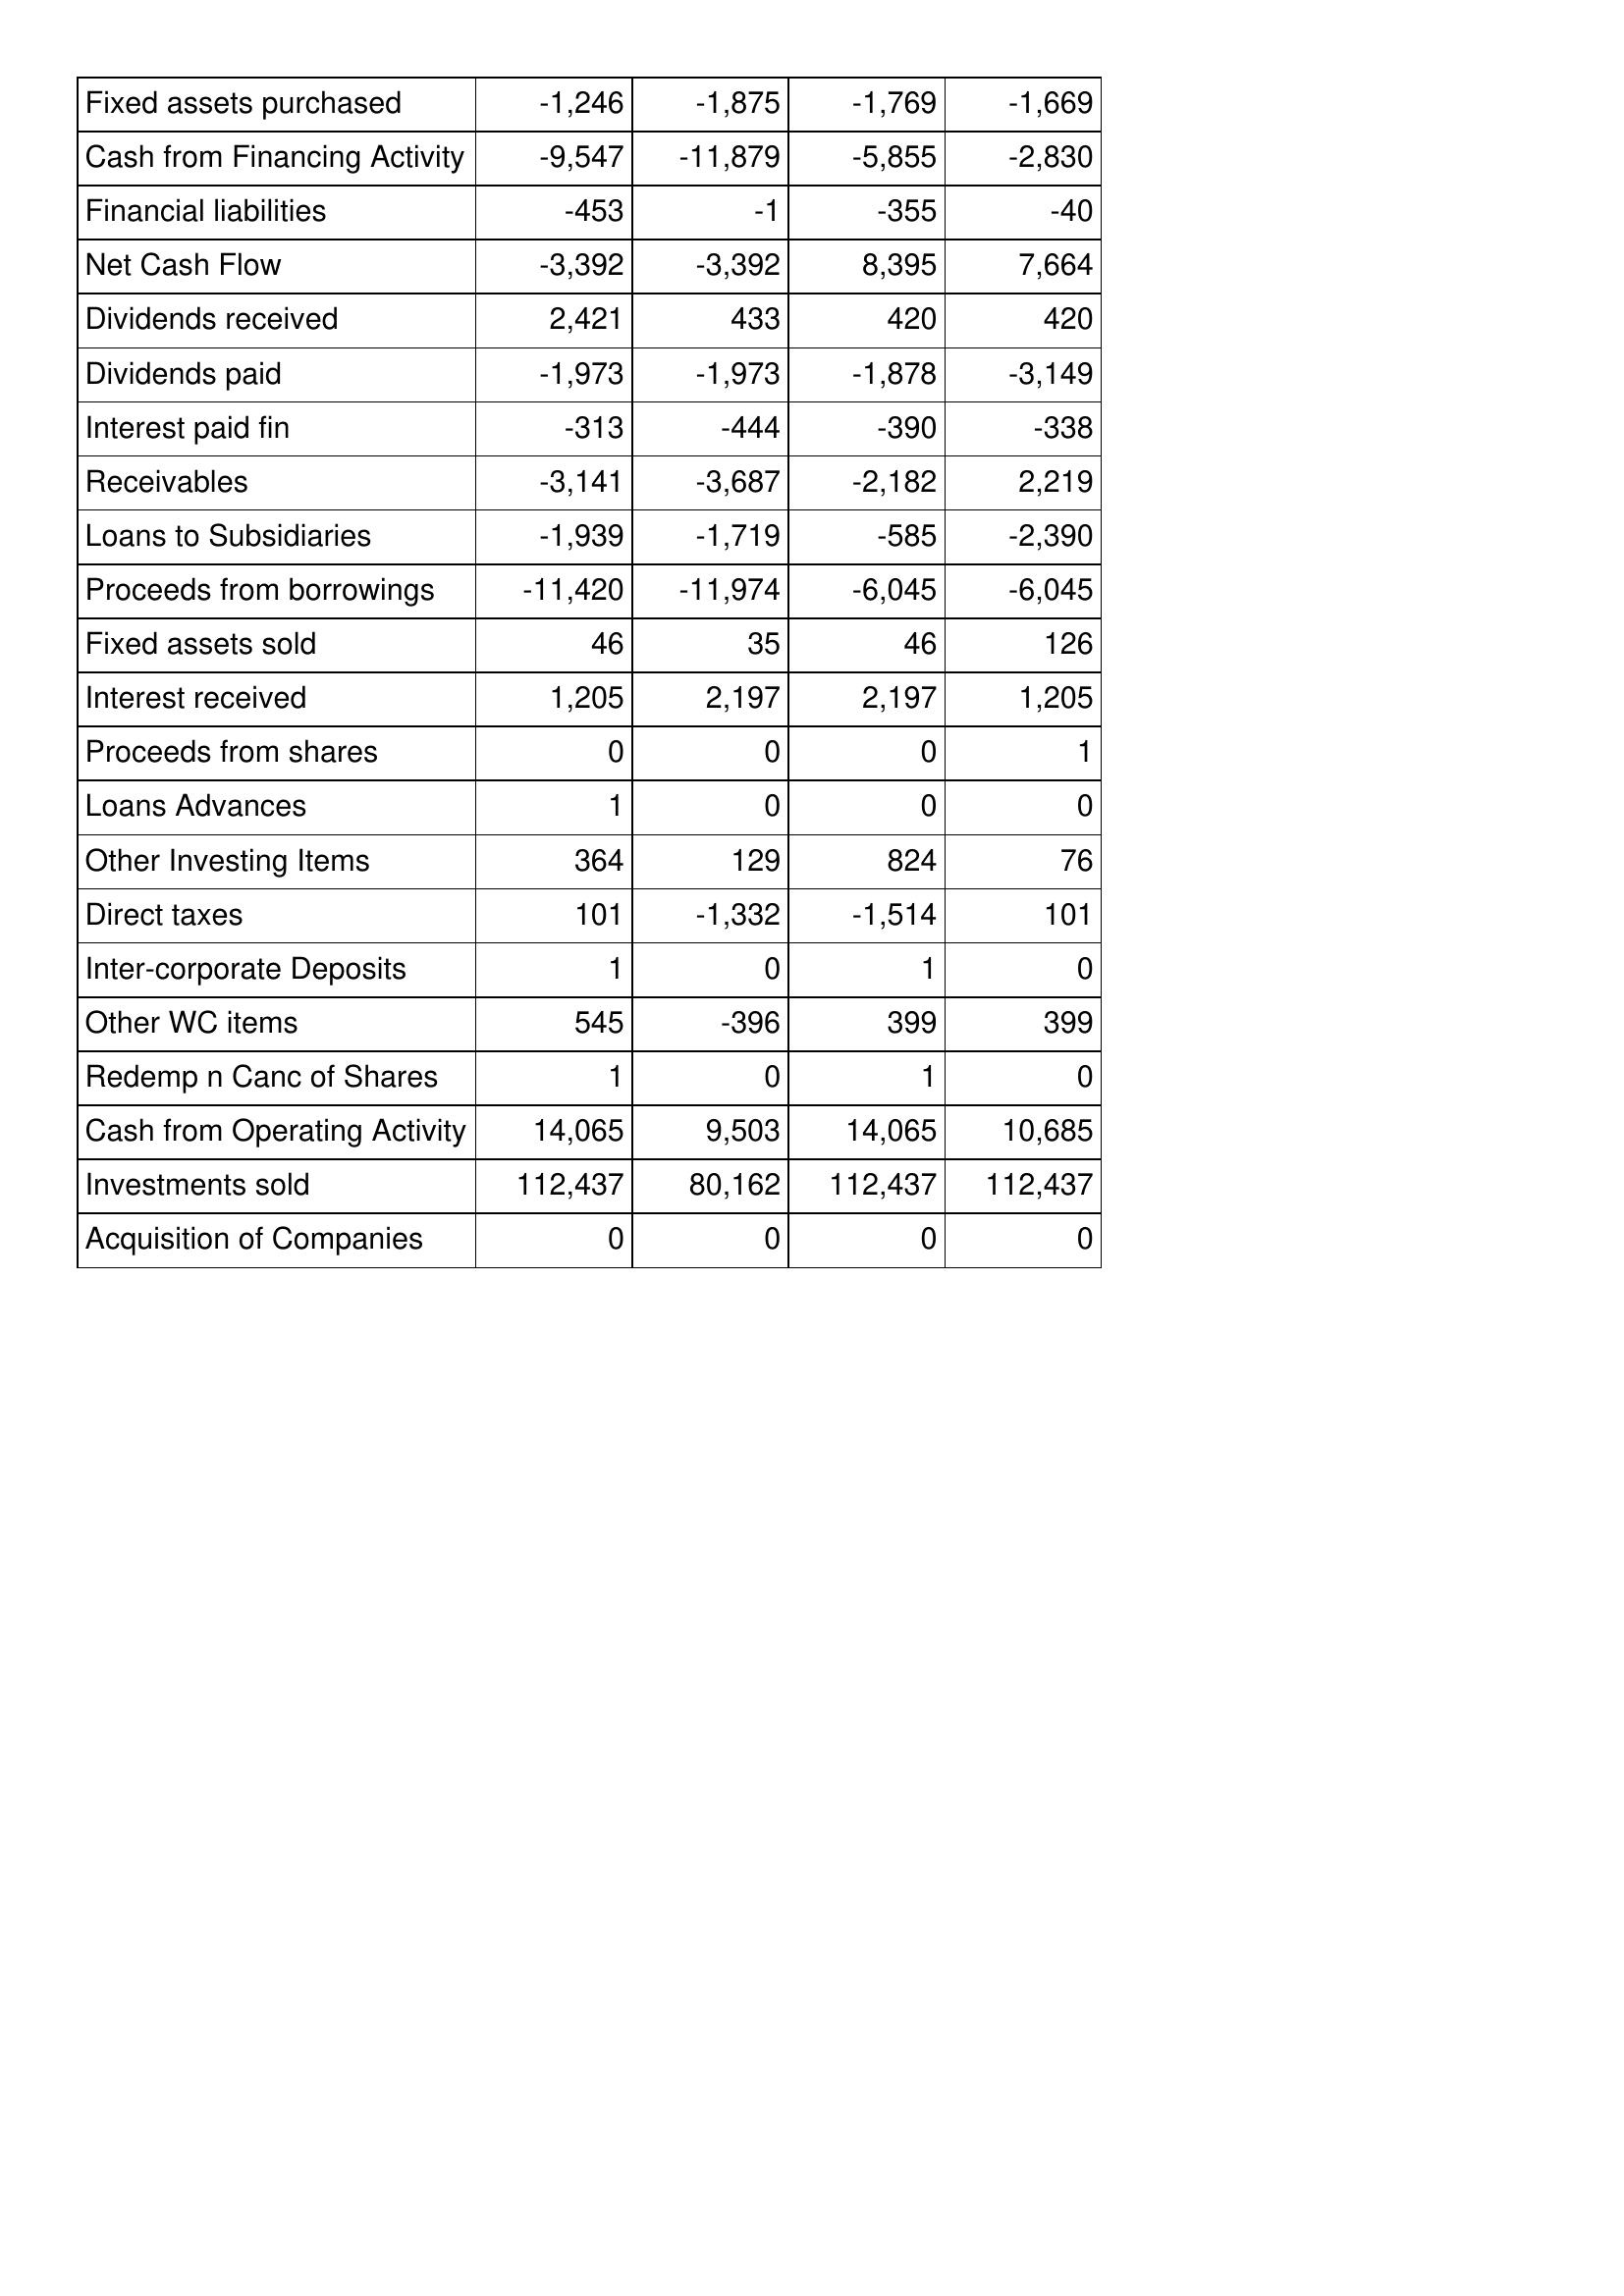
Mar-15: Cash Flows: Fixed assets purchased: -1,246
Cash from Financing Activity: -9,547
Financial liabilities: -453
Net Cash Flow: -3,392
Dividends received: 2,421
Dividends paid: -1,973
Interest paid fin: -313
Receivables: -3,141
Loans to Subsidiaries: -1,939
Proceeds from borrowings: -11,420
Fixed assets sold: 46
Interest received: 1,205
Proceeds from shares: 0
Loans Advances: 1
Other Investing Items: 364
Direct taxes: 101
Inter-corporate Deposits: 1
Other WC items: 545
Redemp n Canc of Shares: 1
Cash from Operating Activity: 14,065
Investments sold: 112,437
Acquisition of Companies: 0
Mar-16: Cash Flows: Fixed assets purchased: -1,875
Cash from Financing Activity: -11,879
Financial liabilities: -1
Net Cash Flow: -3,392
Dividends received: 433
Dividends paid: -1,973
Interest paid fin: -444
Receivables: -3,687
Loans to Subsidiaries: -1,719
Proceeds from borrowings: -11,974
Fixed assets sold: 35
Interest received: 2,197
Proceeds from shares: 0
Loans Advances: 0
Other Investing Items: 129
Direct taxes: -1,332
Inter-corporate Deposits: 0
Other WC items: -396
Redemp n Canc of Shares: 0
Cash from Operating Activity: 9,503
Investments sold: 80,162
Acquisition of Companies: 0
Mar-17: Cash Flows: Fixed assets purchased: -1,769
Cash from Financing Activity: -5,855
Financial liabilities: -355
Net Cash Flow: 8,395
Dividends received: 420
Dividends paid: -1,878
Interest paid fin: -390
Receivables: -2,182
Loans to Subsidiaries: -585
Proceeds from borrowings: -6,045
Fixed assets sold: 46
Interest received: 2,197
Proceeds from shares: 0
Loans Advances: 0
Other Investing Items: 824
Direct taxes: -1,514
Inter-corporate Deposits: 1
Other WC items: 399
Redemp n Canc of Shares: 1
Cash from Operating Activity: 14,065
Investments sold: 112,437
Acquisition of Companies: 0
Mar-18: Cash Flows: Fixed assets purchased: -1,669
Cash from Financing Activity: -2,830
Financial liabilities: -40
Net Cash Flow: 7,664
Dividends received: 420
Dividends paid: -3,149
Interest paid fin: -338
Receivables: 2,219
Loans to Subsidiaries: -2,390
Proceeds from borrowings: -6,045
Fixed assets sold: 126
Interest received: 1,205
Proceeds from shares: 1
Loans Advances: 0
Other Investing Items: 76
Direct taxes: 101
Inter-corporate Deposits: 0
Other WC items: 399
Redemp n Canc of Shares: 0
Cash from Operating Activity: 10,685
Investments sold: 112,437
Acquisition of Companies: 0